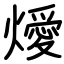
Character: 燰